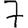
Digit: 7